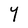
Character: Y